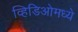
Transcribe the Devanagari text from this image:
व्हिडिओमध्ये